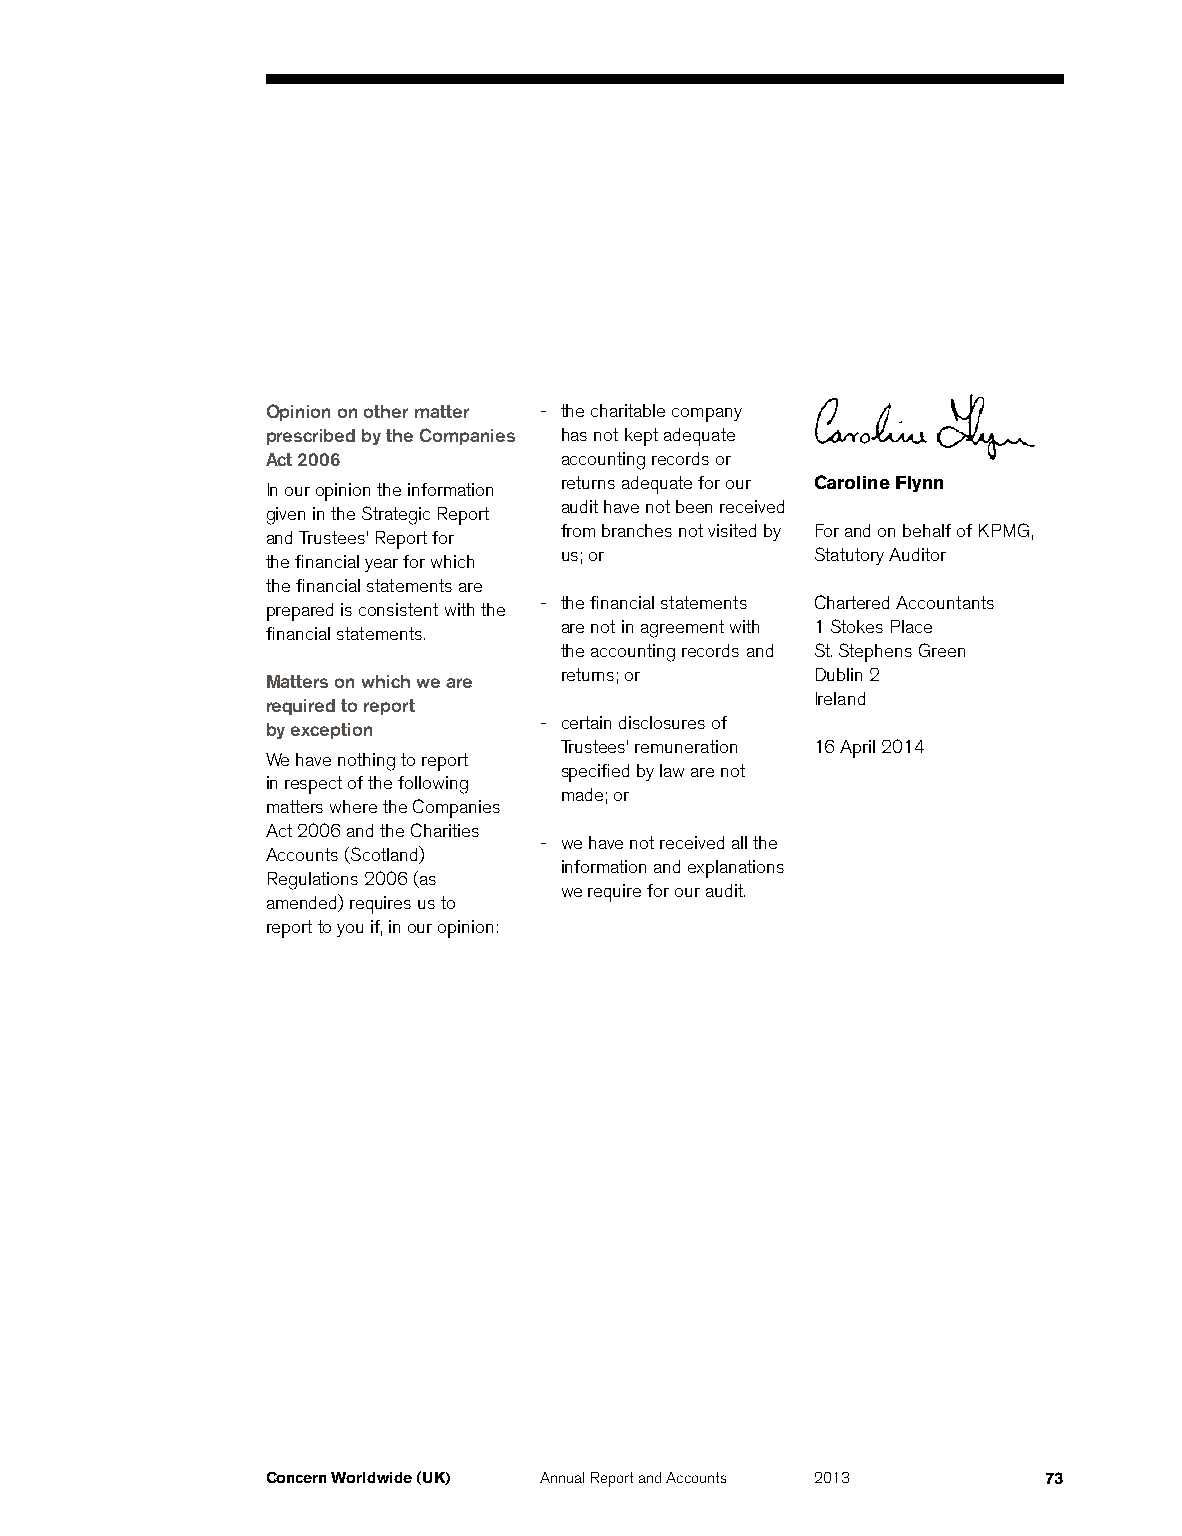
Opinion on other matter - the charitable company
 prescribed by the Companies has not kept adequate
 Act 2006           accounting records or
 returns adequate for our Caroline Flynn
 In our opinion the information
 audit have not been received
 given in the Strategic Report
 from branches not visited by For and on behalf of KPMG,
 and Trustees’ Report for
 us; or           Statutory Auditor
 the financial year for which
 the financial statements are
 - the financial statements Chartered Accountants
 prepared is consistent with the
 are not in agreement with 1 Stokes Place
 financial statements.
 the accounting records and St. Stephens Green
 returns; or      Dublin 2
 Matters on which we are
 Ireland
 required to report
 - certain disclosures of
 by exception
 Trustees’ remuneration 16 April 2014
 We have nothing to report
 specified by law are not
 in respect of the following
 made; or
 matters where the Companies
 Act 2006 and the Charities
 - we have not received all the
 Accounts (Scotland)
 information and explanations
 Regulations 2006 (as
 we require for our audit.
 amended) requires us to
 report to you if, in our opinion:
 Concern Worldwide (UK) Annual Report and Accounts 2013 73